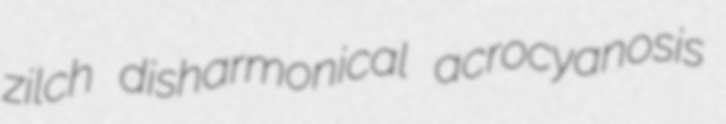
zilch disharmonical acrocyanosis